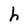
Character: h